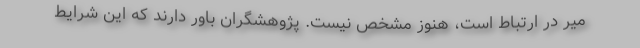
میر در ارتباط است، هنوز مشخص نیست. پژوهشگران باور دارند که این شرایط